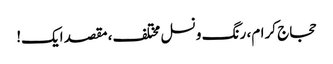
حجاج کرام، رنگ و نسل مختلف، مقصد ایک!